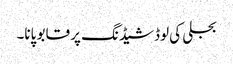
بجلی کی لوڈشیڈنگ پر قابو پانا۔